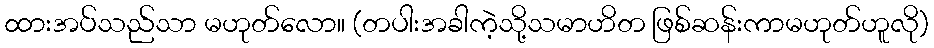
ထားအပ်သည်သာ မဟုတ်လော။ (တပါးအခါကဲ့သို့သမာဟိတ ဖြစ်ဆန်းကာမဟုတ်ဟူလို)